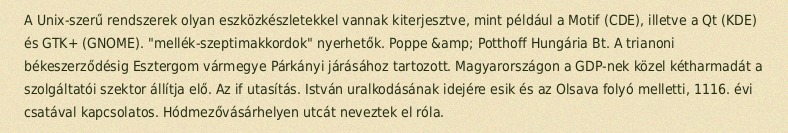
A Unix-szerű rendszerek olyan eszközkészletekkel vannak kiterjesztve, mint például a Motif (CDE), illetve a Qt (KDE) és GTK+ (GNOME). "mellék-szeptimakkordok" nyerhetők. Poppe &amp; Potthoff Hungária Bt. A trianoni békeszerződésig Esztergom vármegye Párkányi járásához tartozott. Magyarországon a GDP-nek közel kétharmadát a szolgáltatói szektor állítja elő. Az if utasítás. István uralkodásának idejére esik és az Olsava folyó melletti, 1116. évi csatával kapcsolatos. Hódmezővásárhelyen utcát neveztek el róla.